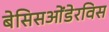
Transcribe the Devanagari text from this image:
बेसिसओंडेरविस